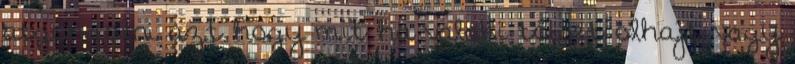
atgondolni azt hogy mit ha valaki többet olhajt vagy